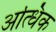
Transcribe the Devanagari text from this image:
अत्धिक